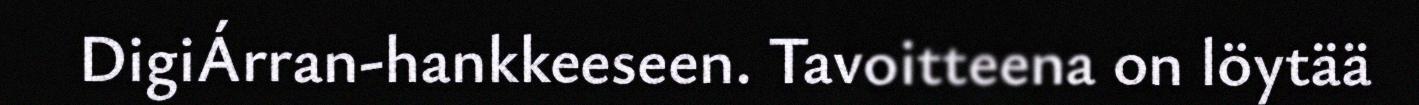
DigiÁrran-hankkeeseen. Tavoitteena on löytää